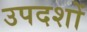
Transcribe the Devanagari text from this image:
उपदशों